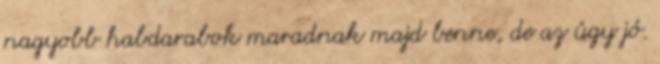
nagyobb habdarabok maradnak majd benne, de az úgy jó.